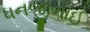
ધનજીભાઈ